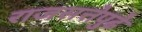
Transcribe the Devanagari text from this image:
राजसत्तेपुढे